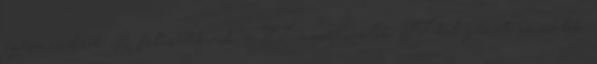
egész videót. A feliratkozók a YT-monetizálók YT-ból pénzt csinálók